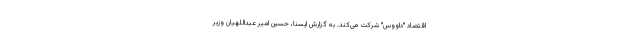
اقتصاد "داووس" شرکت می‌کند. به گزارش ایسنا، حسین امیر عبداللهیان وزیر